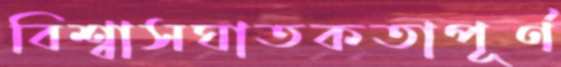
বিশ্বাসঘাতকতাপূর্ণ